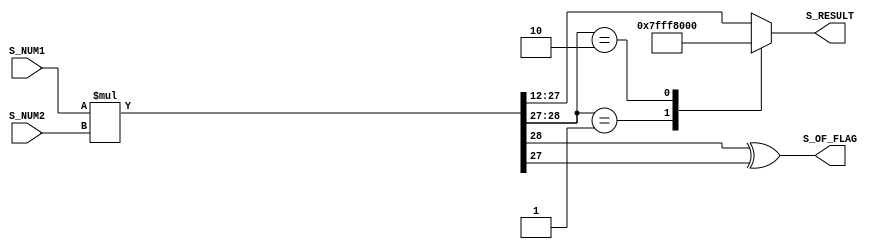
`timescale 1ns / 1ps
//////////////////////////////////////////////////////////////////////////////////
// Company: 
// Engineer: 
// 
// Design Name: 
// Module Name: fxp_multiplier
// Project Name: 
// Target Devices: 
// Tool Versions: 
// Description: 
// 
// Dependencies: 
// 
// Revision:
// Revision 0.01 - File Created
// Additional Comments:
// 
//////////////////////////////////////////////////////////////////////////////////


module fxp_multiplier #(
  parameter C_FXP_LENGTH  = 16,
  parameter C_FXP_POINT   = 12
)(
  input signed [C_FXP_LENGTH-1:0]       S_NUM1,
                                        S_NUM2,
  output reg signed [C_FXP_LENGTH-1:0]  S_RESULT,
  output                                S_OF_FLAG
);
    
localparam INT_WIDTH                  = C_FXP_LENGTH - C_FXP_POINT;
localparam DEC_WIDTH                  = C_FXP_POINT;
localparam C_FXP_MULT_OFFSET          = DEC_WIDTH*2 + INT_WIDTH;
localparam [C_FXP_LENGTH-1:0] MAX_POS = {1'b0,{INT_WIDTH-1{1'b1}},{DEC_WIDTH{1'b1}}};
localparam [C_FXP_LENGTH-1:0] MAX_NEG = {1'b1,{C_FXP_LENGTH-1{1'b0}}};

wire signed [C_FXP_LENGTH*2-1:0] s_mult;
wire [1:0] overflow;

assign s_mult     = S_NUM1 * S_NUM2;
assign overflow   = s_mult[C_FXP_MULT_OFFSET:C_FXP_MULT_OFFSET-1];
assign S_OF_FLAG  = s_mult[C_FXP_MULT_OFFSET] ^ s_mult[C_FXP_MULT_OFFSET-1];

always @(*) begin
  case (overflow)
    2'b01 : S_RESULT    = MAX_POS;
    2'b10 : S_RESULT    = MAX_NEG;
    default : S_RESULT  = s_mult[C_FXP_MULT_OFFSET-1-:C_FXP_LENGTH];
  endcase
  end

endmodule